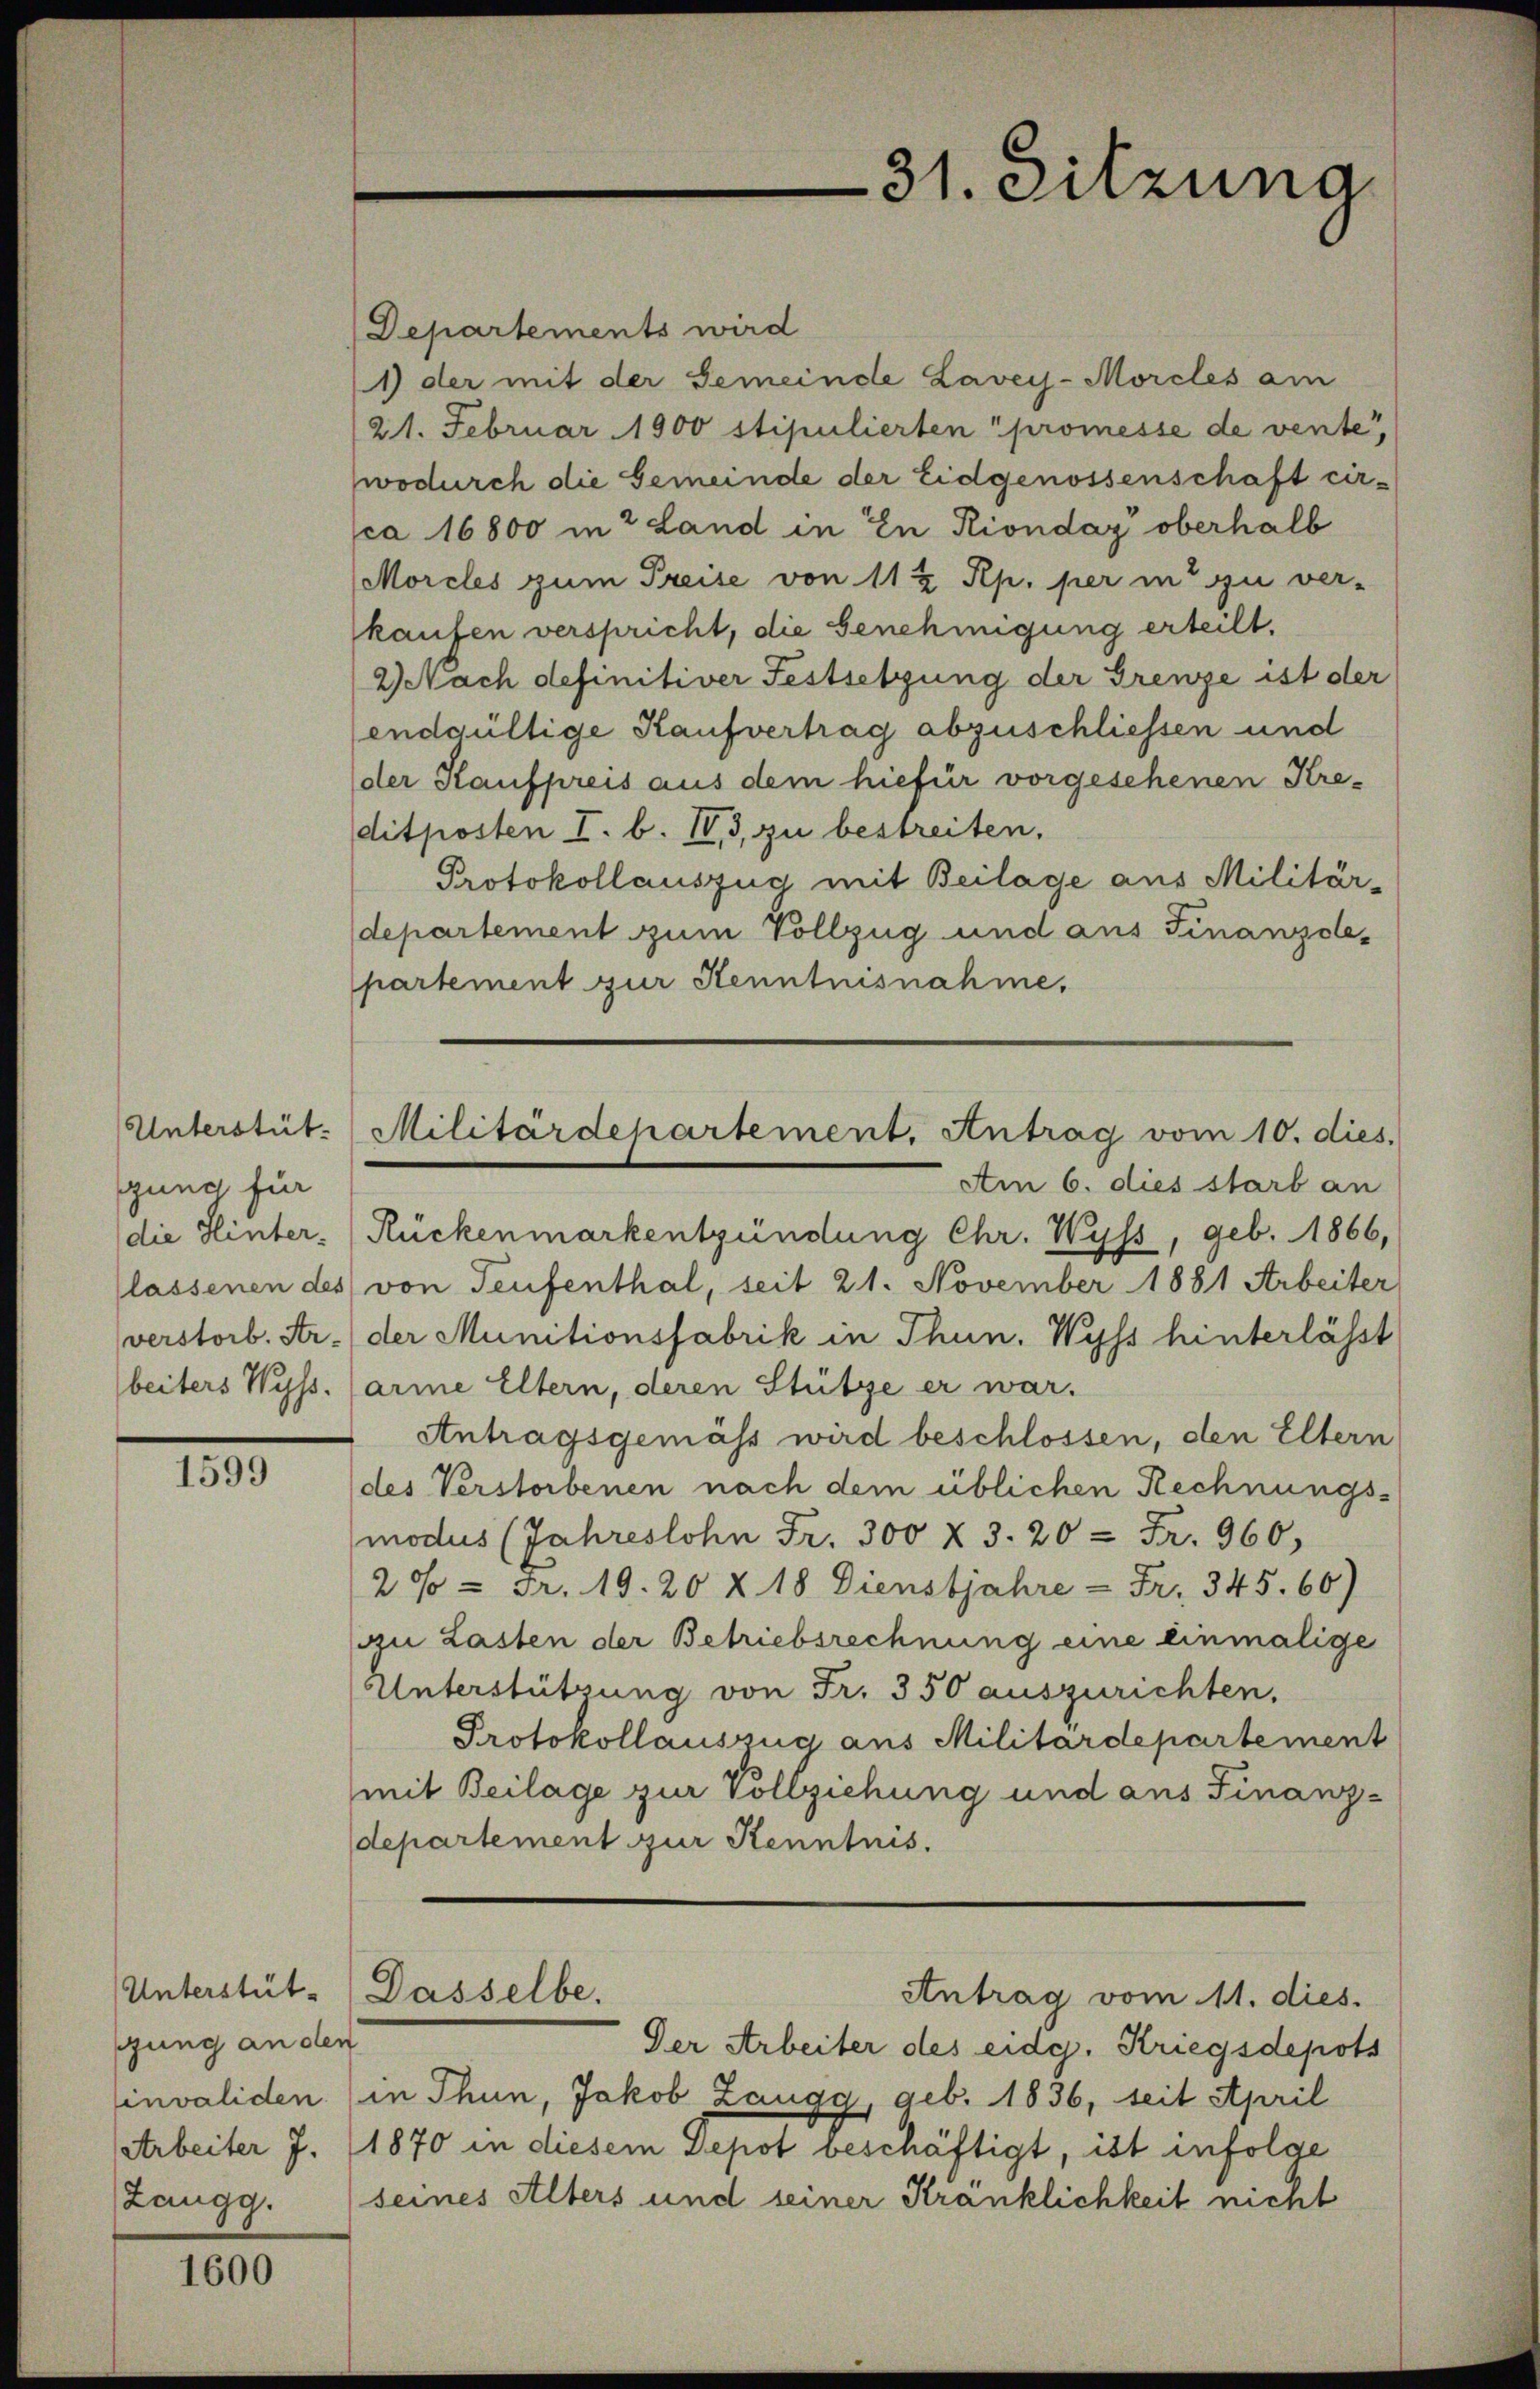
gung für
die Hinter-
lassenen des
verstorb. Ar-
beiters Wyss.

1599

gung an den
Langg.

1600

Unterstüt-Militärdepartement. Antrag vom 10. dies.
Am 6. dies starb an

Departements wird
1) der mit der Gemeinde Lavey-Morcles am
(21. Februar 1900 stipulierten promesse de vente,
wodurch die Gemeinde der Eidgenossenschaft cir-
ca 16800 in 2 Land in in Riondaz oberhalb
Morcles zum Preise von 11 ½ Rp. per in zu ver-
kaufen verspricht, die Genehmigung erteilt.
2 Nach definitiver Festsetzung der Grenze ist der
endgültige Kaufvertrag abzuschliessen und
der Kaufpreis aus dem hiefür vorgesehenen Kreditposten I. b. IV, 3, zu bestreiten.
Protokollauszug mit Beilage aus Militär-
departement zum Vollzug und aus Finanzdepartement zur Kenntnisnahme,
Rückenmarkentzündung Chr. Wyss, geb. 1866,
von Teufenthal, seit 21. November 1881 Arbeiter
der Munitionsfabrik in Thun, Wyss hinterlässt
arme Eltern, deren Stütze er war.
Antragsgemäss wird beschlossen, den Eltern
des Verstorbenen nach dem üblichen Rechnungsmodus (Jahreslohn Fr. 300 X 3. 20 = Fr. 960.
20 = Fr. 19. 20 X 18. Dienstjahre - Fr. 345. 60)
zu Lasten der Betriebsrechnung eine einmalige
Unterstützung von Fr. 350 auszurichten.
Protokollauszug aus Militärdepartement
mit Beilage zur Vollziehung und aus Finanzdepartement zur Kenntnis.
Unterstüt-Dasselbe.
Antrag vom 11. dies.
Der Arbeiter des eidg. Kriegsdepots
invaliden (in Thun, Jakob Zaugg, geb. 1836, seit April
Arbeiter J. (1870 in diesem Depot beschäftigt, ist infolge
(seines Alters und seiner Kränklichkeit nicht

31. Sitzung